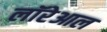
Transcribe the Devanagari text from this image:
लॉरेआल